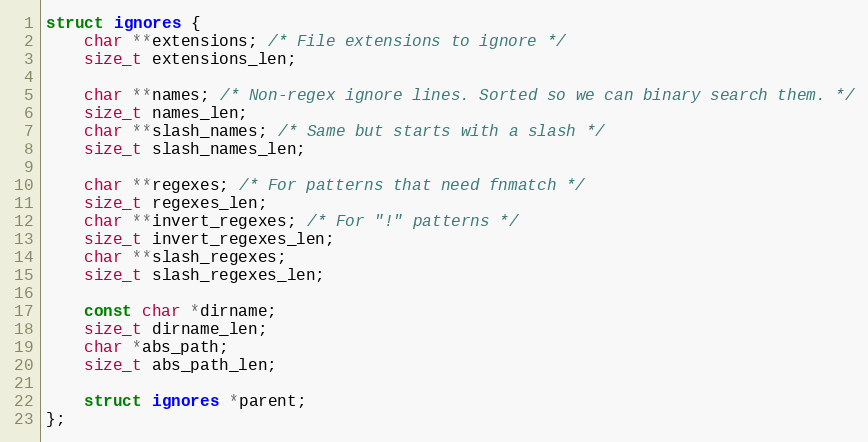
Language: C
struct ignores {
    char **extensions; /* File extensions to ignore */
    size_t extensions_len;

    char **names; /* Non-regex ignore lines. Sorted so we can binary search them. */
    size_t names_len;
    char **slash_names; /* Same but starts with a slash */
    size_t slash_names_len;

    char **regexes; /* For patterns that need fnmatch */
    size_t regexes_len;
    char **invert_regexes; /* For "!" patterns */
    size_t invert_regexes_len;
    char **slash_regexes;
    size_t slash_regexes_len;

    const char *dirname;
    size_t dirname_len;
    char *abs_path;
    size_t abs_path_len;

    struct ignores *parent;
};